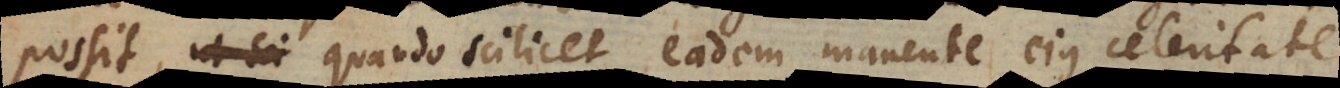
possit, ut sci quando scilicet eadem manente ejus celeritate